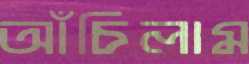
আঁচিলাম